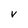
Character: v